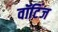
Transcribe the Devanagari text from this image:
वॉटिंज